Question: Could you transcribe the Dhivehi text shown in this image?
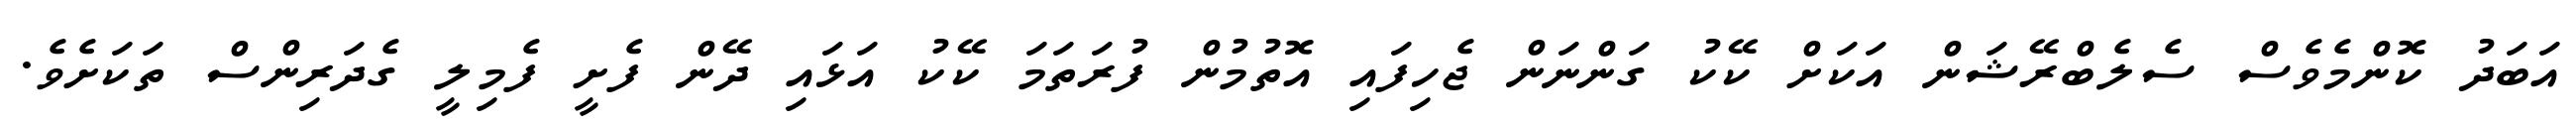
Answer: އަބަދު ކޮންމެވެސް ސެލެބްރޭޝަން އަކަށް ކޭކު ގަންނަން ޖެހިފައި އޮތުމުން ފުރަތަމަ ކޭކު އަޅައި ދޭން ފެށީ ފެމިލީ ގެދަރިންސް ތަކަށެވެ.